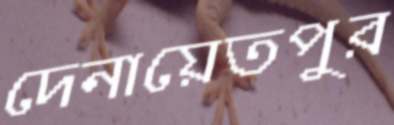
দেনায়েতপুর